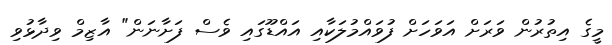
މީގެ އިތުރުން ވަރަށް އަވަހަށް ފުވައްމުލަކާއި އައްޑޫގައި ވެސް ފަށާނަން" އާޒިމް ވިދާޅުވި